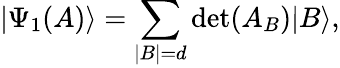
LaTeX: |\Psi_{1}(A)\rangle=\sum_{|B|=d}\textrm{det}(A_{B})|B\rangle,